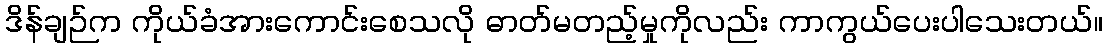
ဒိန်ချဉ်က ကိုယ်ခံအားကောင်းစေသလို ဓာတ်မတည့်မှုကိုလည်း ကာကွယ်ပေးပါသေးတယ်။